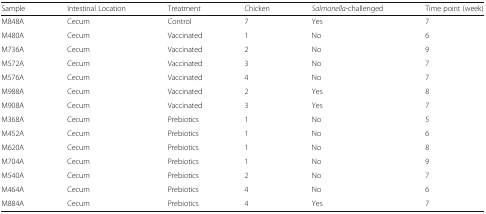
<table><thead><tr><td><b>Sample</b></td><td><b>Intestinal Location</b></td><td><b>Treatment</b></td><td><b>Chicken</b></td><td><b><i>Salmonella</i>-challenged</b></td><td><b>Time point (week)</b></td></tr></thead><tbody><tr><td>M848A</td><td>Cecum</td><td>Control</td><td>7</td><td>Yes</td><td>7</td></tr><tr><td>M480A</td><td>Cecum</td><td>Vaccinated</td><td>1</td><td>No</td><td>6</td></tr><tr><td>M736A</td><td>Cecum</td><td>Vaccinated</td><td>2</td><td>No</td><td>9</td></tr><tr><td>M572A</td><td>Cecum</td><td>Vaccinated</td><td>3</td><td>No</td><td>7</td></tr><tr><td>M576A</td><td>Cecum</td><td>Vaccinated</td><td>4</td><td>No</td><td>7</td></tr><tr><td>M988A</td><td>Cecum</td><td>Vaccinated</td><td>2</td><td>Yes</td><td>8</td></tr><tr><td>M908A</td><td>Cecum</td><td>Vaccinated</td><td>3</td><td>Yes</td><td>7</td></tr><tr><td>M368A</td><td>Cecum</td><td>Prebiotics</td><td>1</td><td>No</td><td>5</td></tr><tr><td>M452A</td><td>Cecum</td><td>Prebiotics</td><td>1</td><td>No</td><td>6</td></tr><tr><td>M620A</td><td>Cecum</td><td>Prebiotics</td><td>1</td><td>No</td><td>8</td></tr><tr><td>M704A</td><td>Cecum</td><td>Prebiotics</td><td>1</td><td>No</td><td>9</td></tr><tr><td>M540A</td><td>Cecum</td><td>Prebiotics</td><td>2</td><td>No</td><td>7</td></tr><tr><td>M464A</td><td>Cecum</td><td>Prebiotics</td><td>4</td><td>No</td><td>6</td></tr><tr><td>M884A</td><td>Cecum</td><td>Prebiotics</td><td>4</td><td>Yes</td><td>7</td></tr></tbody></table>